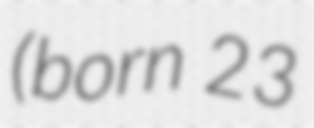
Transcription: (born 23